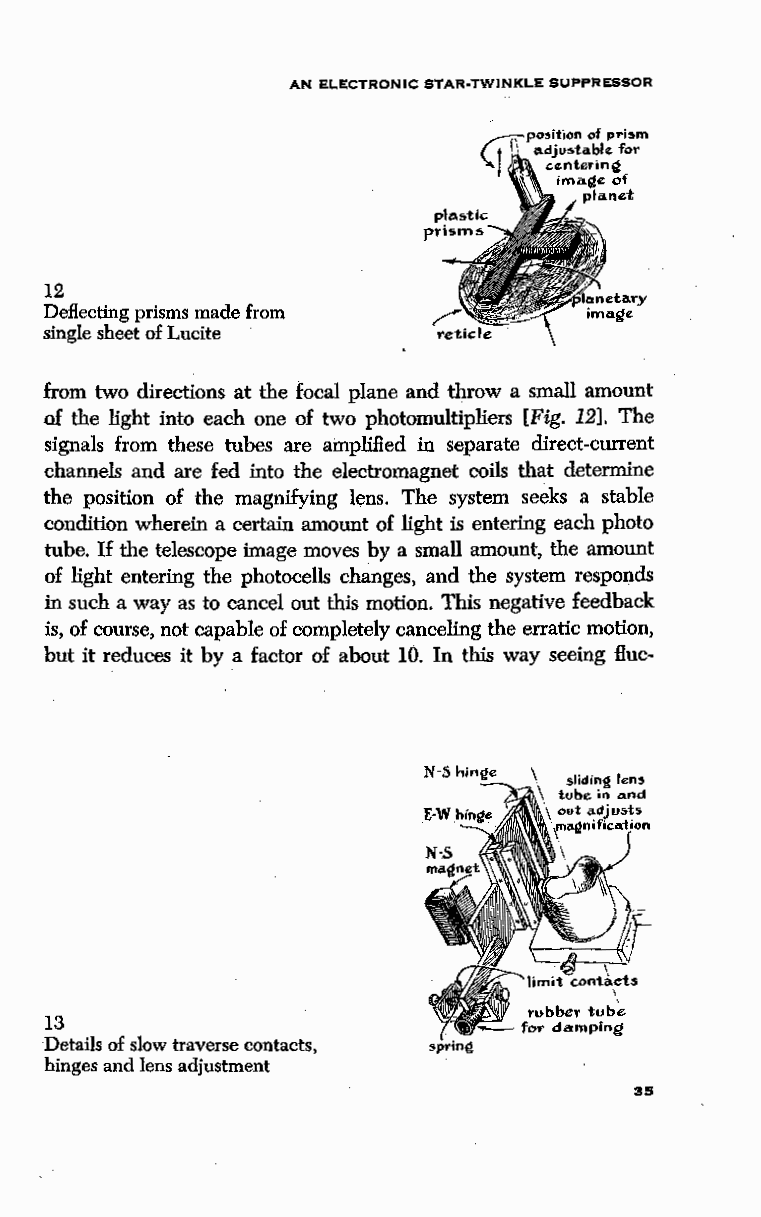
AN ELECTRONIC STAR·TWINKLE SUPPRESSOR
 12
 Deflecting prisms made from
 single sheet of Lucite
 from two directions at the focal plane and throw a small amount
 of the light into each one of two photomultipliers [Fig. 12]. The
 signals from these tubes are amplified in separate direct-current
 channels and are fed into the electromagnet coils that determine
 the position of the magnifying lens. The system seeks a stable
 condition wherein a certain amount of light is entering each photo
 tube. If the telescope image moves by a small amount, the amount
 of light entering the photocells changes, and the system responds
 in such a way as to cancel out this motion. This negative feedback
 is, of course, not capable of completely canceling the erratic motion,
 but it reduces it by a factor of about 10. In this way seeing flue-
 13
 Details of slow traverse contacts, spring
 hinges and lens adjustment
 35